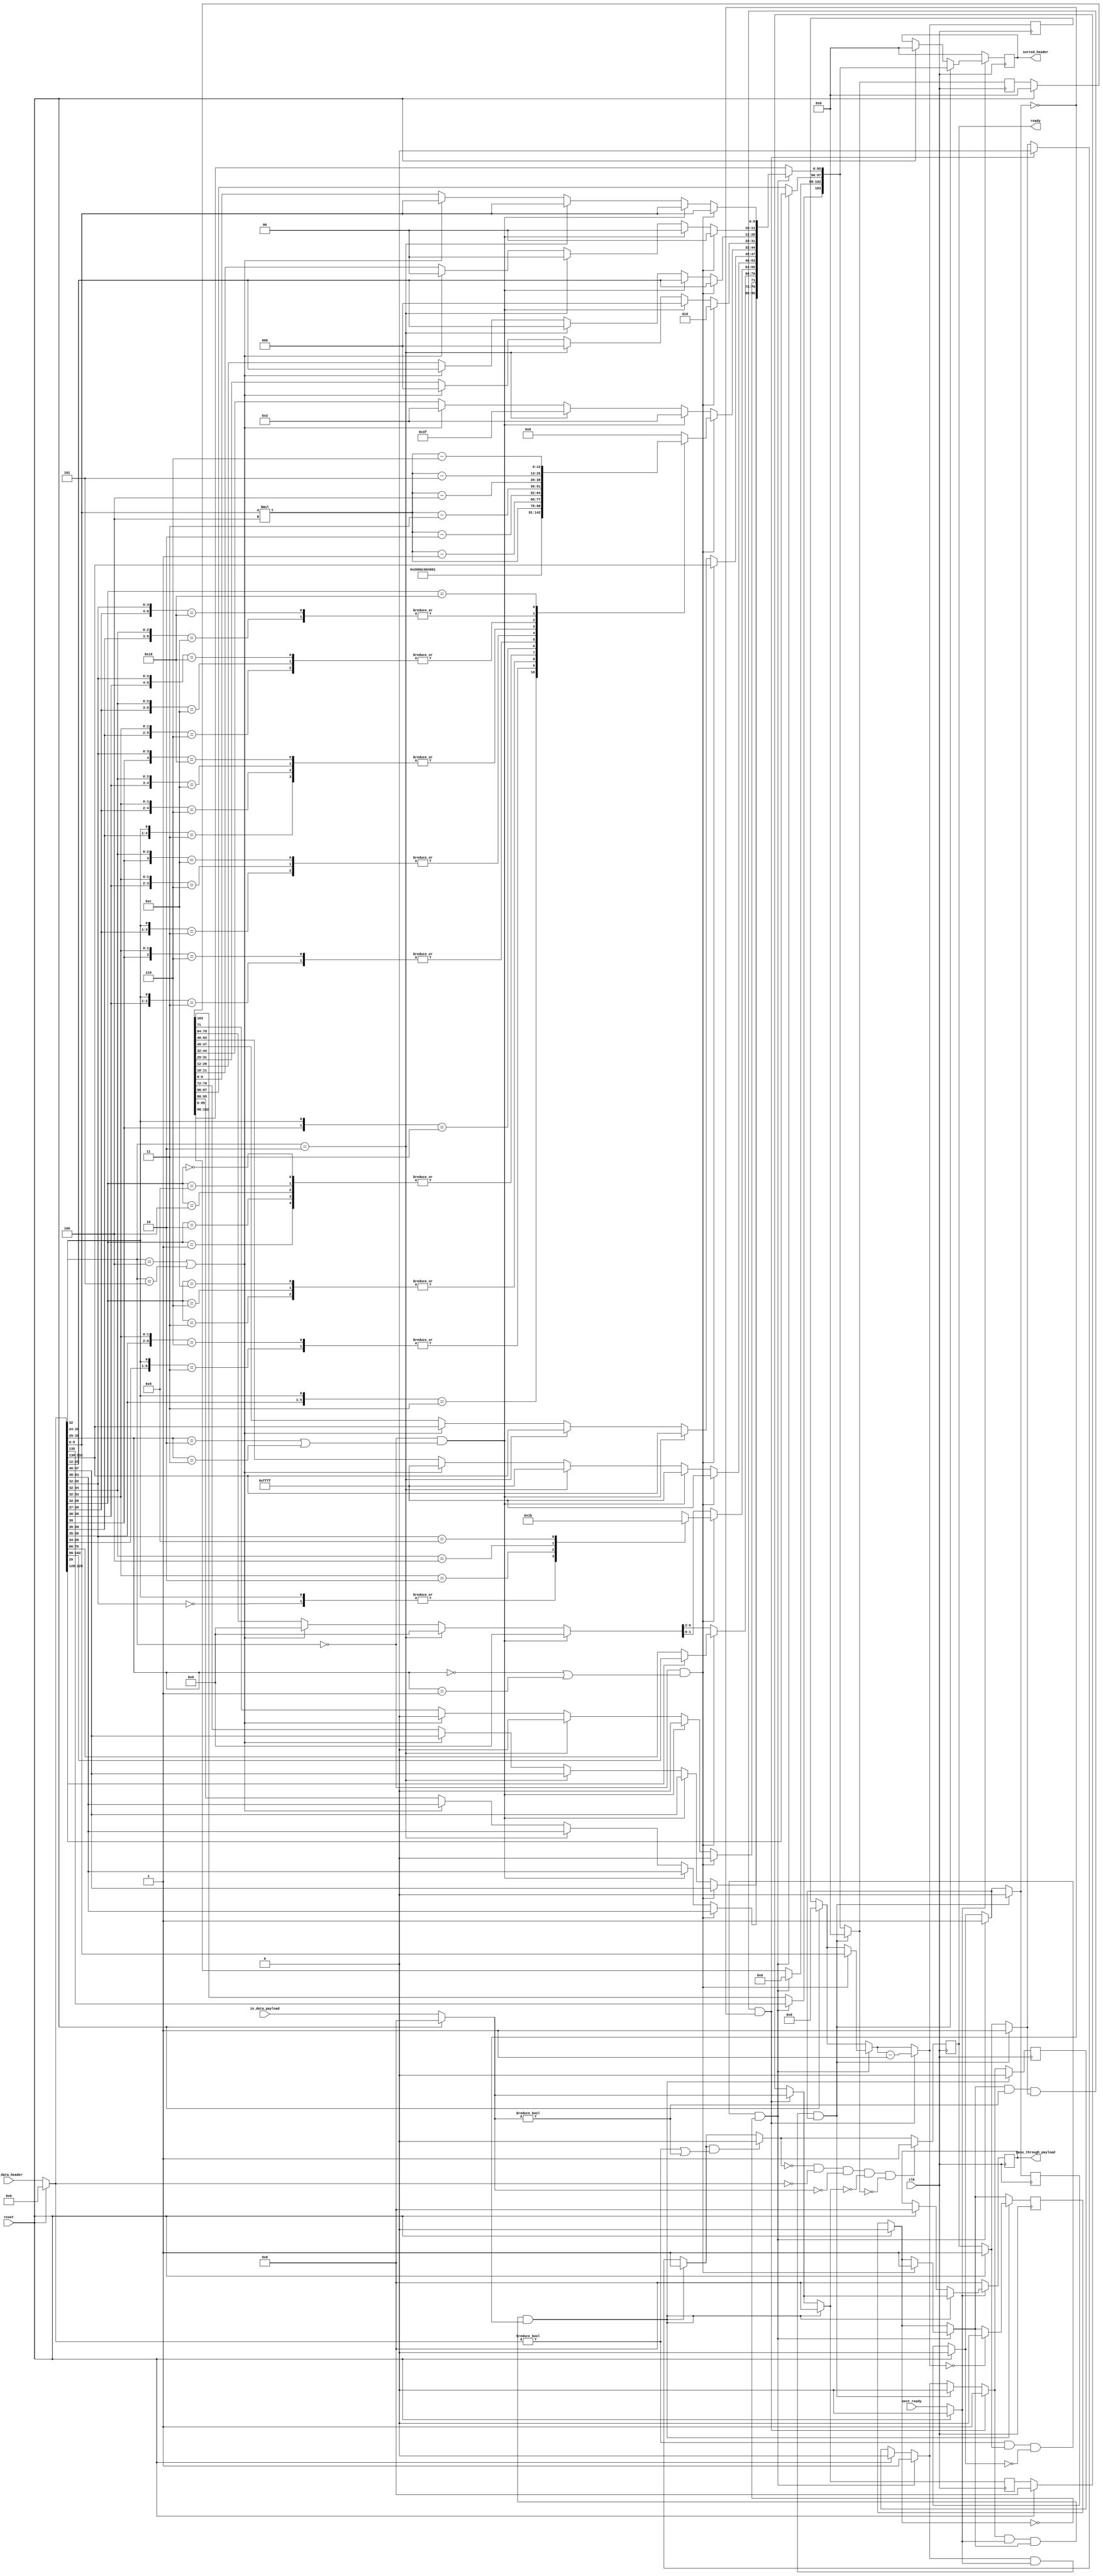
`timescale 1ns / 1ps 
`default_nettype none 

module OLR_Sorter (
	sorted_header,
	pass_through_payload,
	ready,
	in_data_header,
	in_data_payload,
	next_ready,
	reset,
	clk
); 

// Declare input ports 
	input [135:0]	in_data_header;		// Input data from the PCIe physical layer
	input [39:0]	in_data_payload;  
	input 		next_ready, 	  		// Flag from the Egress stage stating that it is ready to receive data 
	      		reset,
	      		clk; 
// Declare output ports 	
	output reg [103:0]	sorted_header; 		
	output reg [39:0]	pass_through_payload;  	 
	output reg 		ready; 

// Declare middle ports 
	reg [135:0]	temporary_reg;
	reg [127:0]	header_holder;
	reg [103:0]	adjusted_completion_header; 		// Newly formatted header bits for output to ILR 
	reg [39:0]	payload_holder,
		  	payload_register;
	reg [9:0]	payload_counter; 		// Payload counter set to the length and everytime you output a payload subtract 1 						 	   from it
	reg 		reset_register; 
	reg 		use_next_ready,			// Register that holds the input next_ready 
	    		payload_control,			// Flag stating if there is payload present
	    		header_control,
	    		ready_to_depart;						 

	always @(posedge clk)
	begin 
		// Set inputs to registers 
		temporary_reg = in_data_header; 
		payload_holder = in_data_payload;
		use_next_ready = next_ready; 
		reset_register = reset; 
		
		#1 
		// Reset block 
		if (reset_register)
		begin 
		// Reset all the variables (middle ports and outputs) 
		sorted_header = 104'b0; 		
		pass_through_payload = 40'b0; 
		ready = 1'b1; 
		temporary_reg = 136'b0; 
		header_holder = 128'b0;
		adjusted_completion_header = 104'b0; 		 
		payload_holder = 40'b0;
		payload_register = 40'b0;
		payload_counter = 10'b0; 		
		reset_register = 1'b0;
		use_next_ready = 1'b0;			 
	   	payload_control = 1'b0;			
	    	header_control = 1'b0;
	   	ready_to_depart = 1'b0;
		end 

		// When ready(Ready once I output data or when I hit reset signal) 
		// Set middle registers and create the completion header  
		if (temporary_reg != 1'b0 && ready == 1'b1 && header_control == 1'b0 && payload_control == 1'b0) 
		begin 
			header_holder = temporary_reg[127:0];
			header_control = 1'b1;  
			adjusted_completion_header[103] = temporary_reg[135];
			adjusted_completion_header[100:98] = temporary_reg[132:130]; 
			adjusted_completion_header[97:96] = temporary_reg[129:128];
		
			// If it's a memory read, set variables to handle the payload and form completion header 
			if (header_holder [28:24] == 5'b00000 && (header_holder [31:29] == 3'b000 || header_holder [31:29] == 3'b001))
			begin
				payload_control = 1'b1; 
				payload_counter[9:0] = header_holder[9:0]; 

				// Set Length field
				adjusted_completion_header [28:0] = header_holder [28:0];
				
				// Set AT field to 00
				adjusted_completion_header [11:10] = 2'b00;
	
	
				// Set various other direct transfer headers
				//adjusted_completion_header [28:12] = header_holder [28:12];
				//adjusted_completion_header [15] = 1'b0;				 
	
				// Set fmt field to 010 for a read request
				adjusted_completion_header [31:29] = 3'b010; 
				
				// Set byte count & BCM fields
				casex (header_holder [39:32])
					8'b00001xx1: adjusted_completion_header [44:32] = 13'd4;
 					8'b000001x1: adjusted_completion_header [44:32] = 13'd3;
					8'b00001x10: adjusted_completion_header [44:32] = 13'd3;
					8'b00000011: adjusted_completion_header [44:32] = 13'd2;
					8'b00000110: adjusted_completion_header [44:32] = 13'd2;
					8'b00001100: adjusted_completion_header [44:32] = 13'd2;
					8'b00000001: adjusted_completion_header [44:32] = 13'd1;
					8'b00000010: adjusted_completion_header [44:32] = 13'd1;
					8'b00000100: adjusted_completion_header [44:32] = 13'd1;
					8'b00001000: adjusted_completion_header [44:32] = 13'd1;
					8'b00000000: adjusted_completion_header [44:32] = 13'd1;
					8'b1xxxxxx1: adjusted_completion_header [44:32] = (header_holder [9:0] * 3'd4);
					8'b01xxxxx1: adjusted_completion_header [44:32] = (header_holder [9:0] * 3'd4) - 13'd1;
					8'b001xxxx1: adjusted_completion_header [44:32] = (header_holder [9:0] * 3'd4) - 13'd2;
					8'b0001xxx1: adjusted_completion_header [44:32] = (header_holder [9:0] * 3'd4) - 13'd3;
					8'b1xxxxx10: adjusted_completion_header [44:32] = (header_holder [9:0] * 3'd4) - 13'd1;
					8'b01xxxx10: adjusted_completion_header [44:32] = (header_holder [9:0] * 3'd4) - 13'd2;
					8'b001xxx10: adjusted_completion_header [44:32] = (header_holder [9:0] * 3'd4) - 13'd3;
					8'b0001xx10: adjusted_completion_header [44:32] = (header_holder [9:0] * 3'd4) - 13'd4;
					8'b1xxxx100: adjusted_completion_header [44:32] = (header_holder [9:0] * 3'd4) - 13'd2;
					8'b01xxx100: adjusted_completion_header [44:32] = (header_holder [9:0] * 3'd4) - 13'd3;
					8'b001xx100: adjusted_completion_header [44:32] = (header_holder [9:0] * 3'd4) - 13'd4;
					8'b0001x100: adjusted_completion_header [44:32] = (header_holder [9:0] * 3'd4) - 13'd5;
					8'b1xxx1000: adjusted_completion_header [44:32] = (header_holder [9:0] * 3'd4) - 13'd3;
					8'b01xx1000: adjusted_completion_header [44:32] = (header_holder [9:0] * 3'd4) - 13'd4;
					8'b001x1000: adjusted_completion_header [44:32] = (header_holder [9:0] * 3'd4) - 13'd5;
					8'b00011000: adjusted_completion_header [44:32] = (header_holder [9:0] * 3'd4) - 13'd6;
					default: adjusted_completion_header [44:32] = 0;
				endcase
				
				// Set completion status bits to default
				adjusted_completion_header [47:45] = adjusted_completion_header [100:98];
	
				// Set completer ID to default
				adjusted_completion_header [63:48] = 16'b1111111111111111;
	
				// Setting lower 2 bits of lower address 
				casex (header_holder [35:32])
					4'b0000: adjusted_completion_header [65:64] = 2'b00;  
					4'bxxx1: adjusted_completion_header [65:64] = 2'b00; 
					4'bxx10: adjusted_completion_header [65:64] = 2'b01; 
					4'bx100: adjusted_completion_header [65:64] = 2'b10;
					4'b1000: adjusted_completion_header [65:64] = 2'b11;
					default: adjusted_completion_header [65:64] = 2'bzz; 
 				endcase 
	
				//setting upper 5 bits of lower address (pulls from different areas on 32 vs 64 bit address)
				if (header_holder [29] == 1'b0) // 32 bit address 
					begin
						adjusted_completion_header [70:66] = header_holder [70:66]; // Setting the lower address field 
					end 	
				else // 64 bit address 
					begin
						adjusted_completion_header [70:66] = header_holder [102:98]; // Setting the lower address field 
					end 
	
				// Set R (routing bit) to 0 for now**	
				adjusted_completion_header [71] = 1'b0;
	
				// Set tag field
 				adjusted_completion_header [79:72] = header_holder [47:40];
	
				// Set requester ID 
				adjusted_completion_header [95:80] = header_holder [63:48];
				end

			//Memory write request
			else if (header_holder [28:24] == 5'b00000 && (header_holder [31:29] == 3'b010 || header_holder [31:29] == 3'b011))
			begin

				// Set Length field
				adjusted_completion_header [9:0] = header_holder [9:0];
				
				// Set AT field to 00
				adjusted_completion_header [11:10] = 2'b00;
	
				// Set various other direct transfer headers
				adjusted_completion_header [28:12] = header_holder [28:12]; 
	
				// Set fmt field to 000 for a write request
				adjusted_completion_header [31:29] = 3'b000; 
				
				// Set byte count & BCM fields
				adjusted_completion_header [44:32] = 13'b0000000000011;
			
				// Set completion status bits to default
				adjusted_completion_header [47:45] = adjusted_completion_header [100:98];
	
				// Set completer ID to default
				adjusted_completion_header [63:48] = 16'b1111111111111111;
	
				// Set lower address
				adjusted_completion_header [70:64] = 7'b0000000;
	
				// Set R (routing bit) to don't care for now**	
				adjusted_completion_header [71] = 1'b0;
	
				// Set tag field
 				adjusted_completion_header [79:72] = header_holder [47:40];
	
				// Set requester ID 
				adjusted_completion_header [95:80] = header_holder [63:48];
			end 
				
			// I/O request
			else if (header_holder [28:24] == 5'b00010)
			begin 

				// Set Length field
				adjusted_completion_header [9:0] = header_holder [9:0];
				
				// Set AT field to 00
				adjusted_completion_header [11:10] = 2'b00;
		
				// Set various other direct transfer headers
				adjusted_completion_header [28:12] = header_holder [28:12]; 
		
				// Set fmt field to 0x0 for a read request
				adjusted_completion_header [31:29] = 3'b000; 
					
				// Set byte count & BCM fields
				adjusted_completion_header [44:32] = 13'b0000000111111;
					
				// Set completion status bits to default
				adjusted_completion_header [47:45] = adjusted_completion_header [100:98];
		
				// Set completer ID to default
				adjusted_completion_header [63:48] = 16'b1111111111111111;
		
				// Set lower address
				adjusted_completion_header [70:64] = 7'b0000000; 

				// Set R field (R field in configuration header is bit 64) 
				adjusted_completion_header [71] = 1'b0; 
		
				// Set tag field
 				adjusted_completion_header [79:72] = header_holder [47:40];
	
				// Set requester ID 
				adjusted_completion_header [95:80] = header_holder [63:48];
			end 
	
			 //Configuration request
		        else if (header_holder [28:24] == 5'b00100 || header_holder [28:24] == 5'b00101) 
			begin 

				// Set Length field
				adjusted_completion_header [9:0] = header_holder [9:0];
					
				// Set AT field to 00
				adjusted_completion_header [11:10] = 2'b00;
		
				// Set various other direct transfer headers
				adjusted_completion_header [28:12] = header_holder [28:12]; 
		
				// Set fmt field to 000 for a read request
				adjusted_completion_header [31:29] = 3'b000; 
					
				// Set byte count & BCM fields
				adjusted_completion_header [44:32] = 13'b000000000011;
					
				// Set completion status bits to default
				adjusted_completion_header [47:45] = adjusted_completion_header [100:98];
		
				// Set completer ID to default
				adjusted_completion_header [63:48] = 16'b1111111111111111;
		
				// Set lower address
				adjusted_completion_header [70:64] = 7'b0000000; 

				// Set R field (R field in configuration header is bit 64) 
				adjusted_completion_header [71] = 1'b0; 
		
				// Set tag field
	 			adjusted_completion_header [79:72] = header_holder [47:40];
		
				// Set requester ID 
				adjusted_completion_header [95:80] = header_holder [63:48];
	
			end
			// Set flag to show that the completion header is complete 
			ready_to_depart = 1'b1; 
			adjusted_completion_header[102:98] = 5'b0;
			
		end 
		
		// If data is ready to depart and egress is ready, output data 
		if (ready_to_depart == 1'b1 && use_next_ready == 1'b1 && header_control == 1'b1)
		begin 
			sorted_header = adjusted_completion_header;
			adjusted_completion_header = 104'b0; 
			header_holder = 127'b0;
			header_control = 1'b0;
			ready_to_depart = 1'b0;
			ready = 1'b1; 
		end 

		// If there is payload, handle it 
		if(payload_control == 1'b1 && payload_holder != 1'b0 && ready == 1'b1 && header_control == 1'b0)
		begin 
			payload_register = payload_holder; 
			ready_to_depart = 1'b1;  
			payload_counter = payload_counter - 1'b1; 
			ready = 1'b0;
		end 

		if (ready_to_depart == 1'b1 && use_next_ready == 1'b1 && payload_control == 1'b1 && header_control == 1'b0)
		begin 
			pass_through_payload = payload_register; 
			payload_register = 1'b0;
			ready_to_depart = 1'b0;
			ready = 1'b1; 

			if (payload_counter == 1'b0)
			begin 
				payload_control = 1'b0;
			end 
		end 
		// If there is no payload, do the next header 

		if(ready == 1'b1 && (temporary_reg != 1'b0 || payload_holder != 1'b0))
		begin
			ready = 1'b0;
		end

		if(ready == 1'b0 && temporary_reg == 1'b0 && payload_holder == 1'b0 && payload_register == 1'b0 && adjusted_completion_header == 0)
		begin
			ready = 1'b1;
		end
	
		if(use_next_ready == 1'b0)
		begin
			sorted_header = 104'b0;
			pass_through_payload = 40'b0;
		end
		
	end 
endmodule